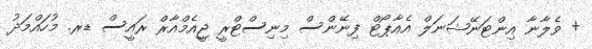
+ ވެލާނާ އިންޓަނޭޝަނަލް އެއާޕޯޓް ފިނޭންސް މިނިސްޓްރީ ޖީއެމްއާރް ރައީސް ޑރ. މުހައްމަދު